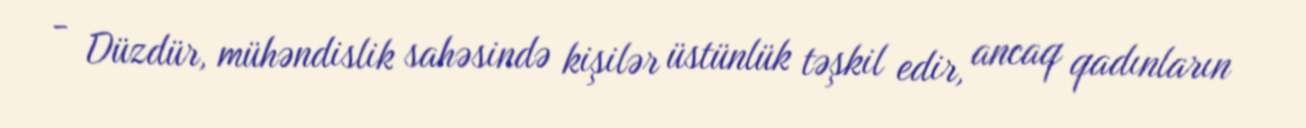
- Düzdür, mühəndislik sahəsində kişilər üstünlük təşkil edir, ancaq qadınların